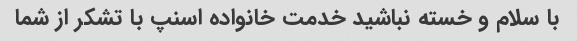
با سلام و خسته نباشید خدمت خانواده اسنپ با تشکر از شما